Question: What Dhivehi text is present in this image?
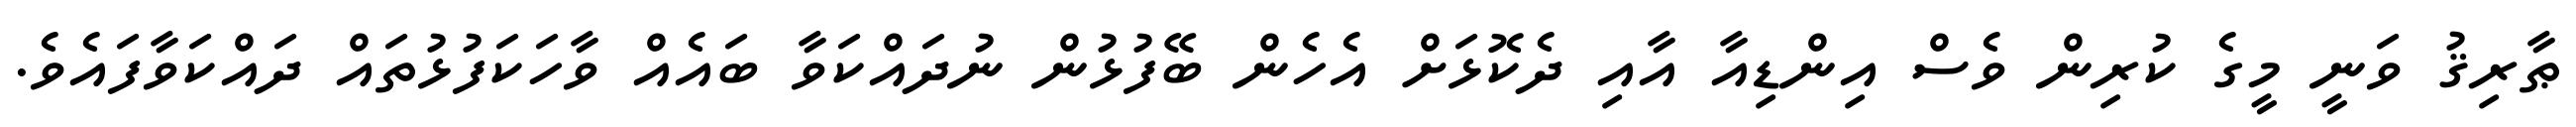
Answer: ޠާރިޤު ވަނީ މީގެ ކުރިން ވެސް އިންޑިއާ އާއި ދެކޮޅަށް އެހެން ބޭފުޅުން ނުދައްކަވާ ބައެއް ވާހަކަފުޅުތައް ދައްކަވާފައެވެ.